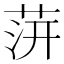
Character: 䓑